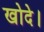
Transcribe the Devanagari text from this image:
खोदे।